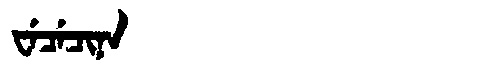
Manchu: ᠸᡝᠴᡝᠴᡳᠨᠠ
Romanization: WECECINA